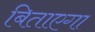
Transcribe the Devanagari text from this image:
बिताएगा